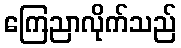
ကြေညာလိုက်သည်